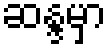
ဆန္ဒမှာ